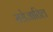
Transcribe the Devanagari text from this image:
सरोजातिल